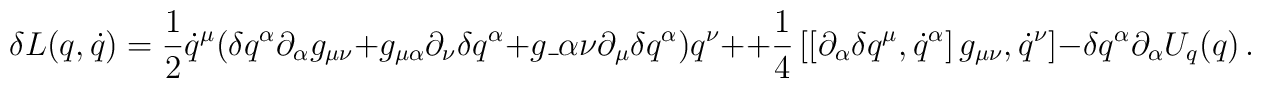
\delta L(q, \dot{q})=\frac{1}{2}\dot{q}^{\mu}(\delta q^{\alpha}\partial_{\alpha} g_{\mu\nu}+g_{\mu\alpha}\partial_{\nu}\delta q^{\alpha}+g\_{\alpha\nu}\partial_{\mu}\delta q^{\alpha}) q^{\nu}++\frac{1}{4}\left[ \left[ \partial_{\alpha}\delta q^{\mu}, \dot{q}^{\alpha}\right] g_{\mu\nu}, \dot{q}^{\nu} \right]-\delta q^{\alpha}\partial_{\alpha} U_{q}(q)\,.